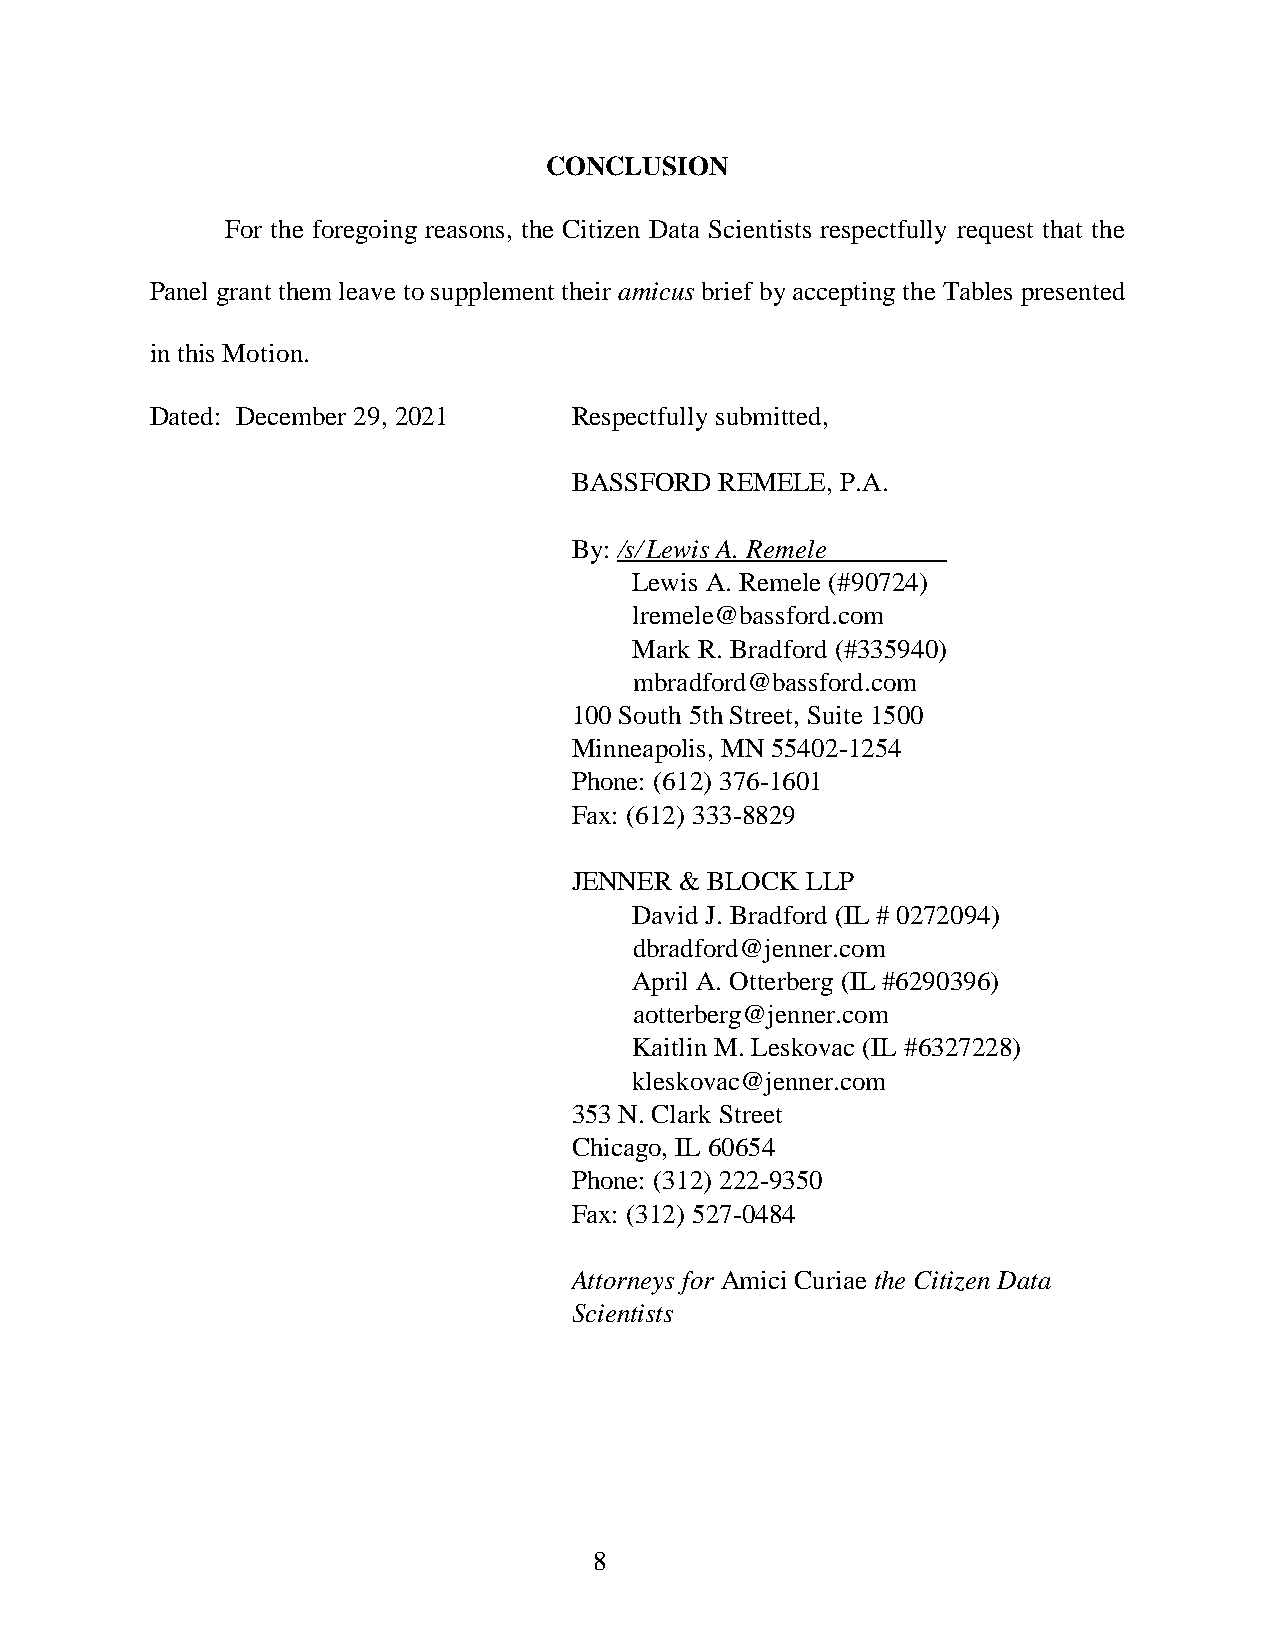
CONCLUSION
 For the foregoing reasons, the Citizen Data Scientists respectfully request that the
 Panel grant them leave to supplement their amicus brief by accepting the Tables presented
 in this Motion.
 Dated: December 29, 2021    Respectfully submitted,
 BASSFORD  REMELE, P.A.
 By: /s/ Lewis A. Remele
 Lewis A. Remele (#90724)
 lremele@bassford.com
 Mark R. Bradford (#335940)
 mbradford@bassford.com
 100 South 5th Street, Suite 1500
 Minneapolis, MN 55402-1254
 Phone: (612) 376-1601
 Fax: (612) 333-8829
 JENNER & BLOCK LLP
 David J. Bradford (IL # 0272094)
 dbradford@jenner.com
 April A. Otterberg (IL #6290396)
 aotterberg@jenner.com
 Kaitlin M. Leskovac (IL #6327228)
 kleskovac@jenner.com
 353 N. Clark Street
 Chicago, IL 60654
 Phone: (312) 222-9350
 Fax: (312) 527-0484
 Attorneys for Amici Curiae the Citizen Data
 Scientists
 8